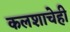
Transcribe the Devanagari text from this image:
कलशाचेही